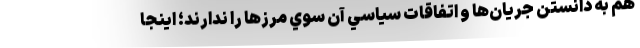
هم به دانستن جريان‌ها و اتفاقات سياسي آن سوي مرزها را ندارند؛ اينجا